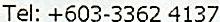
TEL: +603-3362 4137